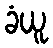
ခံယူ